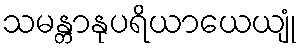
သမန္တာနုပရိယာယေယျုံ